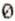
0